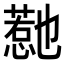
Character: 𭞱